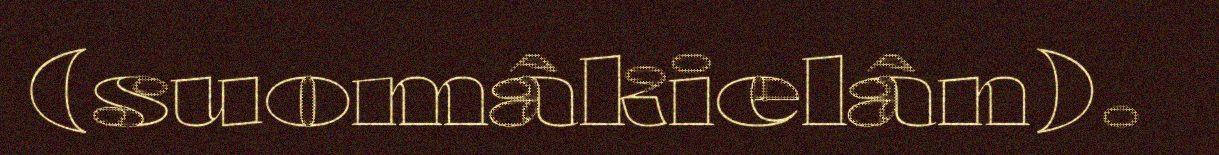
(suomâkielân).